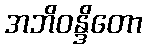
အဘိဝန္ဒိတော